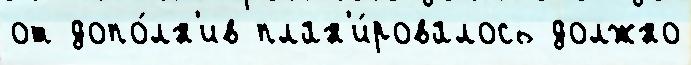
от допо́лн'ив план'и́ровалось должно